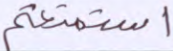
استمتعتم